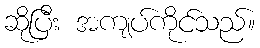
ဆိုပြီး အကျပ်ကိုင်သည်။